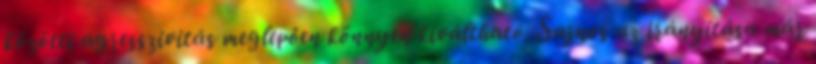
közötti agresszivitás meglepően könnyen kiváltható. Sajnos az irányítása már